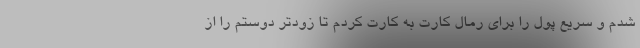
شدم و سریع پول را برای رمال کارت به کارت کردم تا زودتر دوستم را از